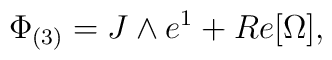
\Phi_{(3)}=J \wedge e^1 +Re[\Omega],